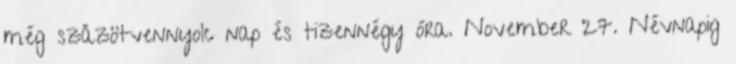
még százötvennyolc nap és tizennégy óra. November 27. Névnapig